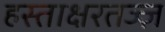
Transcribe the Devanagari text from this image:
हस्ताक्षरतज्ज्ञ